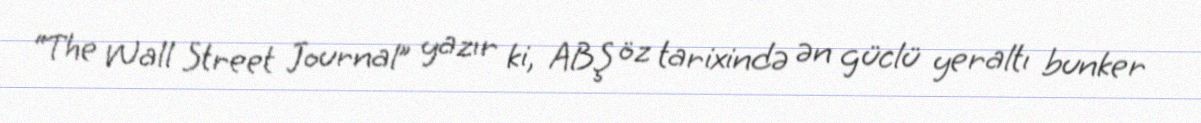
“The Wall Street Journal” yazır ki, ABŞ öz tarixində ən güclü yeraltı bunker